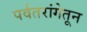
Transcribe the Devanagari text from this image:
पर्वतरांगेतून